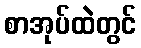
စာအုပ်ထဲတွင်